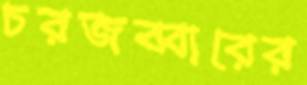
চরজব্বারের